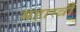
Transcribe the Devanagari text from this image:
महास्त्री